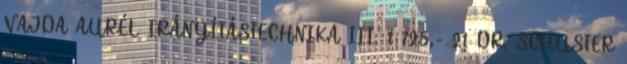
VAJDA AURÉL IRÁNYÍTÁSTECHNIKA III. 1 725,- 21 DR. SCHUSTER